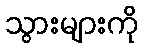
သွားများကို